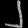
Digit: ၂